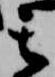
其